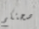
صحتكم